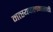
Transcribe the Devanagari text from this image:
मत्‍स्यपालनासाठी